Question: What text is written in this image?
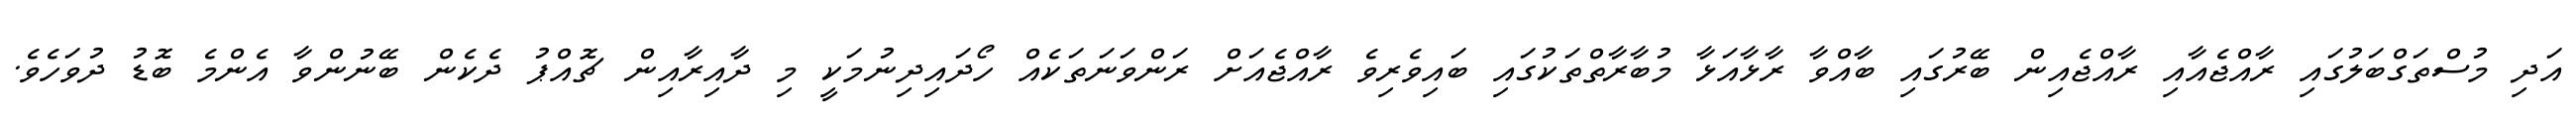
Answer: އަދި މުސްތަގްބަލުގައި ރާއްޖެއާއި ރާއްޖެއިން ބޭރުގައި ބާއްވާ ރާޅާއަޅާ މުބާރާތްތަކުގައި ބައިވެރިވެ ރާއްޖެއަށް ރަންވަނަތަކެއް ހޯދައިދިނުމަކީ މި ދާއިރާއިން ޗޮއްޕު ދެކެން ބޭނުންވާ އެންމެ ބޮޑު ދުވަހެވެ.